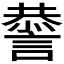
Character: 𧫃